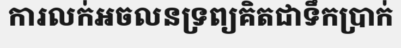
ការលក់អចលនទ្រព្យគិតជាទឹកប្រាក់